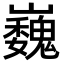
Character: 巍